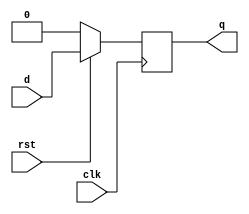
`timescale 1ns/1ps
module dff(d,rst,clk,q);
    input d,clk,rst;
    output reg q;
    always @ (posedge clk)
    begin
    if(~rst)
    q<=0;
    else
    q<=d;
    end
endmodule 

module iiitb_sipo(d, rst, clk, q, qbar);
    input d,clk,rst;
    output [3:0]q;
    output [3:0]qbar;
    dff aa(d, rst, clk, q[3]);
    dff bb(q[3], rst, clk, q[2]);
    dff cc(q[2], rst, clk, q[1]);
    dff dd(q[1], rst, clk, q[0]);
    assign qbar = ~q;
endmodule